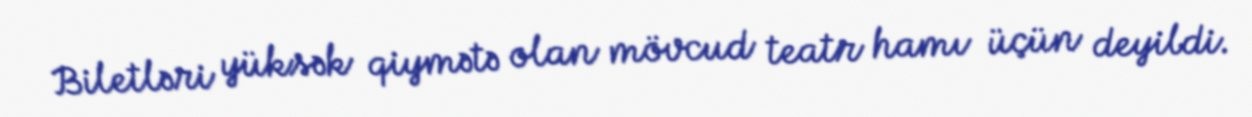
Biletləri yüksək qiymətə olan mövcud teatr hamı üçün deyildi.